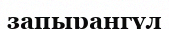
запырангүл